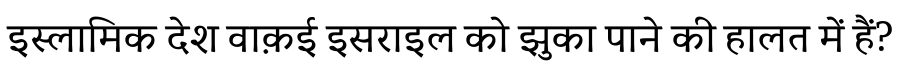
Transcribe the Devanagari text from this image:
इस्लामिक देश वाक़ई इसराइल को झुका पाने की हालत में हैं?